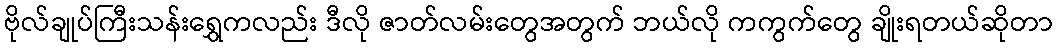
ဗိုလ်ချုပ်ကြီးသန်းရွှေကလည်း ဒီလို ဇာတ်လမ်းတွေအတွက် ဘယ်လို ကကွက်တွေ ချိုးရတယ်ဆိုတာ